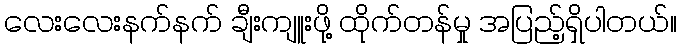
လေးလေးနက်နက် ချီးကျူးဖို့ ထိုက်တန်မှု အပြည့်ရှိပါတယ်။